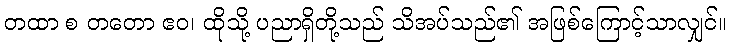
တထာ စ တတော ဧဝ၊ ထိုသို့ ပညာရှိတို့သည် သိအပ်သည်၏ အဖြစ်ကြောင့်သာလျှင်။